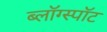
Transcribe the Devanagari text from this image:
ब्लॉग्स्पॉट